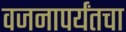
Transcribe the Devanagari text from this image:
वजनापर्यंतचा